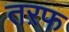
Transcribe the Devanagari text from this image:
तऱफ